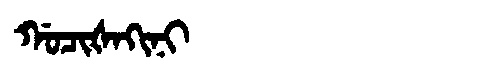
Manchu: ᡤᠣᠴᡳᡧᠠᡴᡳᠨᡳ
Romanization: GOCIŠAKINI